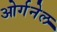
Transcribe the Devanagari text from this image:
ओर्गनेल